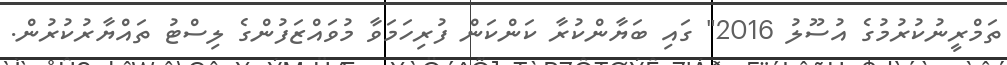
ތަމްރީނުކުރުމުގެ އުސޫލު 2016" ގައި ބަޔާންކުރާ ކަންކަން ފުރިހަމަވާ މުވައްޒަފުންގެ ލިސްޓު ތައްޔާރުކުރުން.